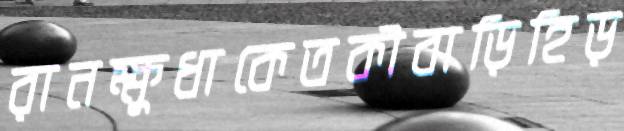
রানক্ষুধাকেতকীবাড়িহিড়